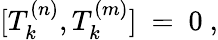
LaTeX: [T_{k}^{(n)},T_{k}^{(m)}]\ =\ 0\ ,